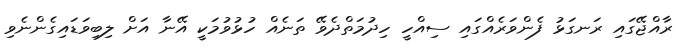
ރާއްޖޭގައި ރަނގަޅު ފެންވަރެއްގައި ސިއްހީ ހިދުމަތްދެވޭ ތަނެއް ހުޅުވުމަކީ އޭނާ އަށް ލިބިވަޑައިގެންނެވި